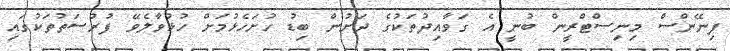
ފިނޭންސް މިނިސްޓްރީން ބުނީ އެ ގަވާއިދުތަކުގެ ދަށުން ބިޑު ހުށަހެޅުމަށް ހުޅުވާލެވޭ ފުރުސަތުތަކުގައި